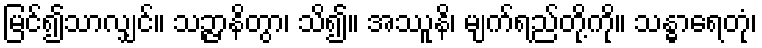
မြင်၍သာလျှင်။ သဉ္ဇာနိတွာ၊ သိ၍။ အဿူနိ၊ မျက်ရည်တို့ကို။ သန္ဓာရေတုံ၊